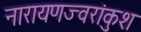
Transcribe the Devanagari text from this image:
नारायणज्वरांकुश